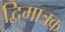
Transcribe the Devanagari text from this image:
द्विमात्रक